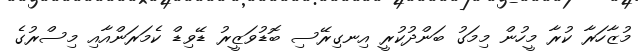
މުޒާހަރާ ކުރާ މީހުން މިމަގު ބަންދުކުރީ އިނގިރޭސި ބޮޑުވަޒީރު ޑޭވިޑް ކެމަރަންއާއި މިސްރުގެ